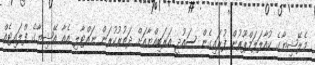
މެލޭޝިޔާގެ ކުއާލަލަމްޕޫރުން ފުރައިގެން ސައުދީ އަރަބިއްޔާއަށް ދަތުރުކުރަން ނައްޓާލި އެއާ އޭޝިޔާގެ ފްލައިޓެއް